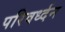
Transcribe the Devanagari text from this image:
परिवर्ध्दन